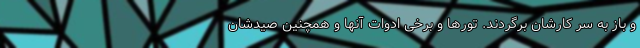
و باز به سر کارشان برگردند. تور‌ها و برخی ادوات آنها و همچنین صیدشان